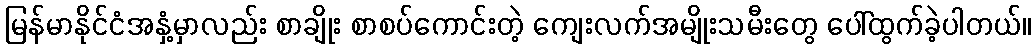
မြန်မာနိုင်ငံအနှံ့မှာလည်း စာချိုး စာစပ်ကောင်းတဲ့ ကျေးလက်အမျိုးသမီးတွေ ပေါ်ထွက်ခဲ့ပါတယ်။